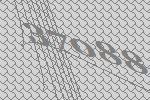
37088